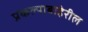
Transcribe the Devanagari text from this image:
प्रकल्पाबाहेरील